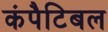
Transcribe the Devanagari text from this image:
कंपैटिबल